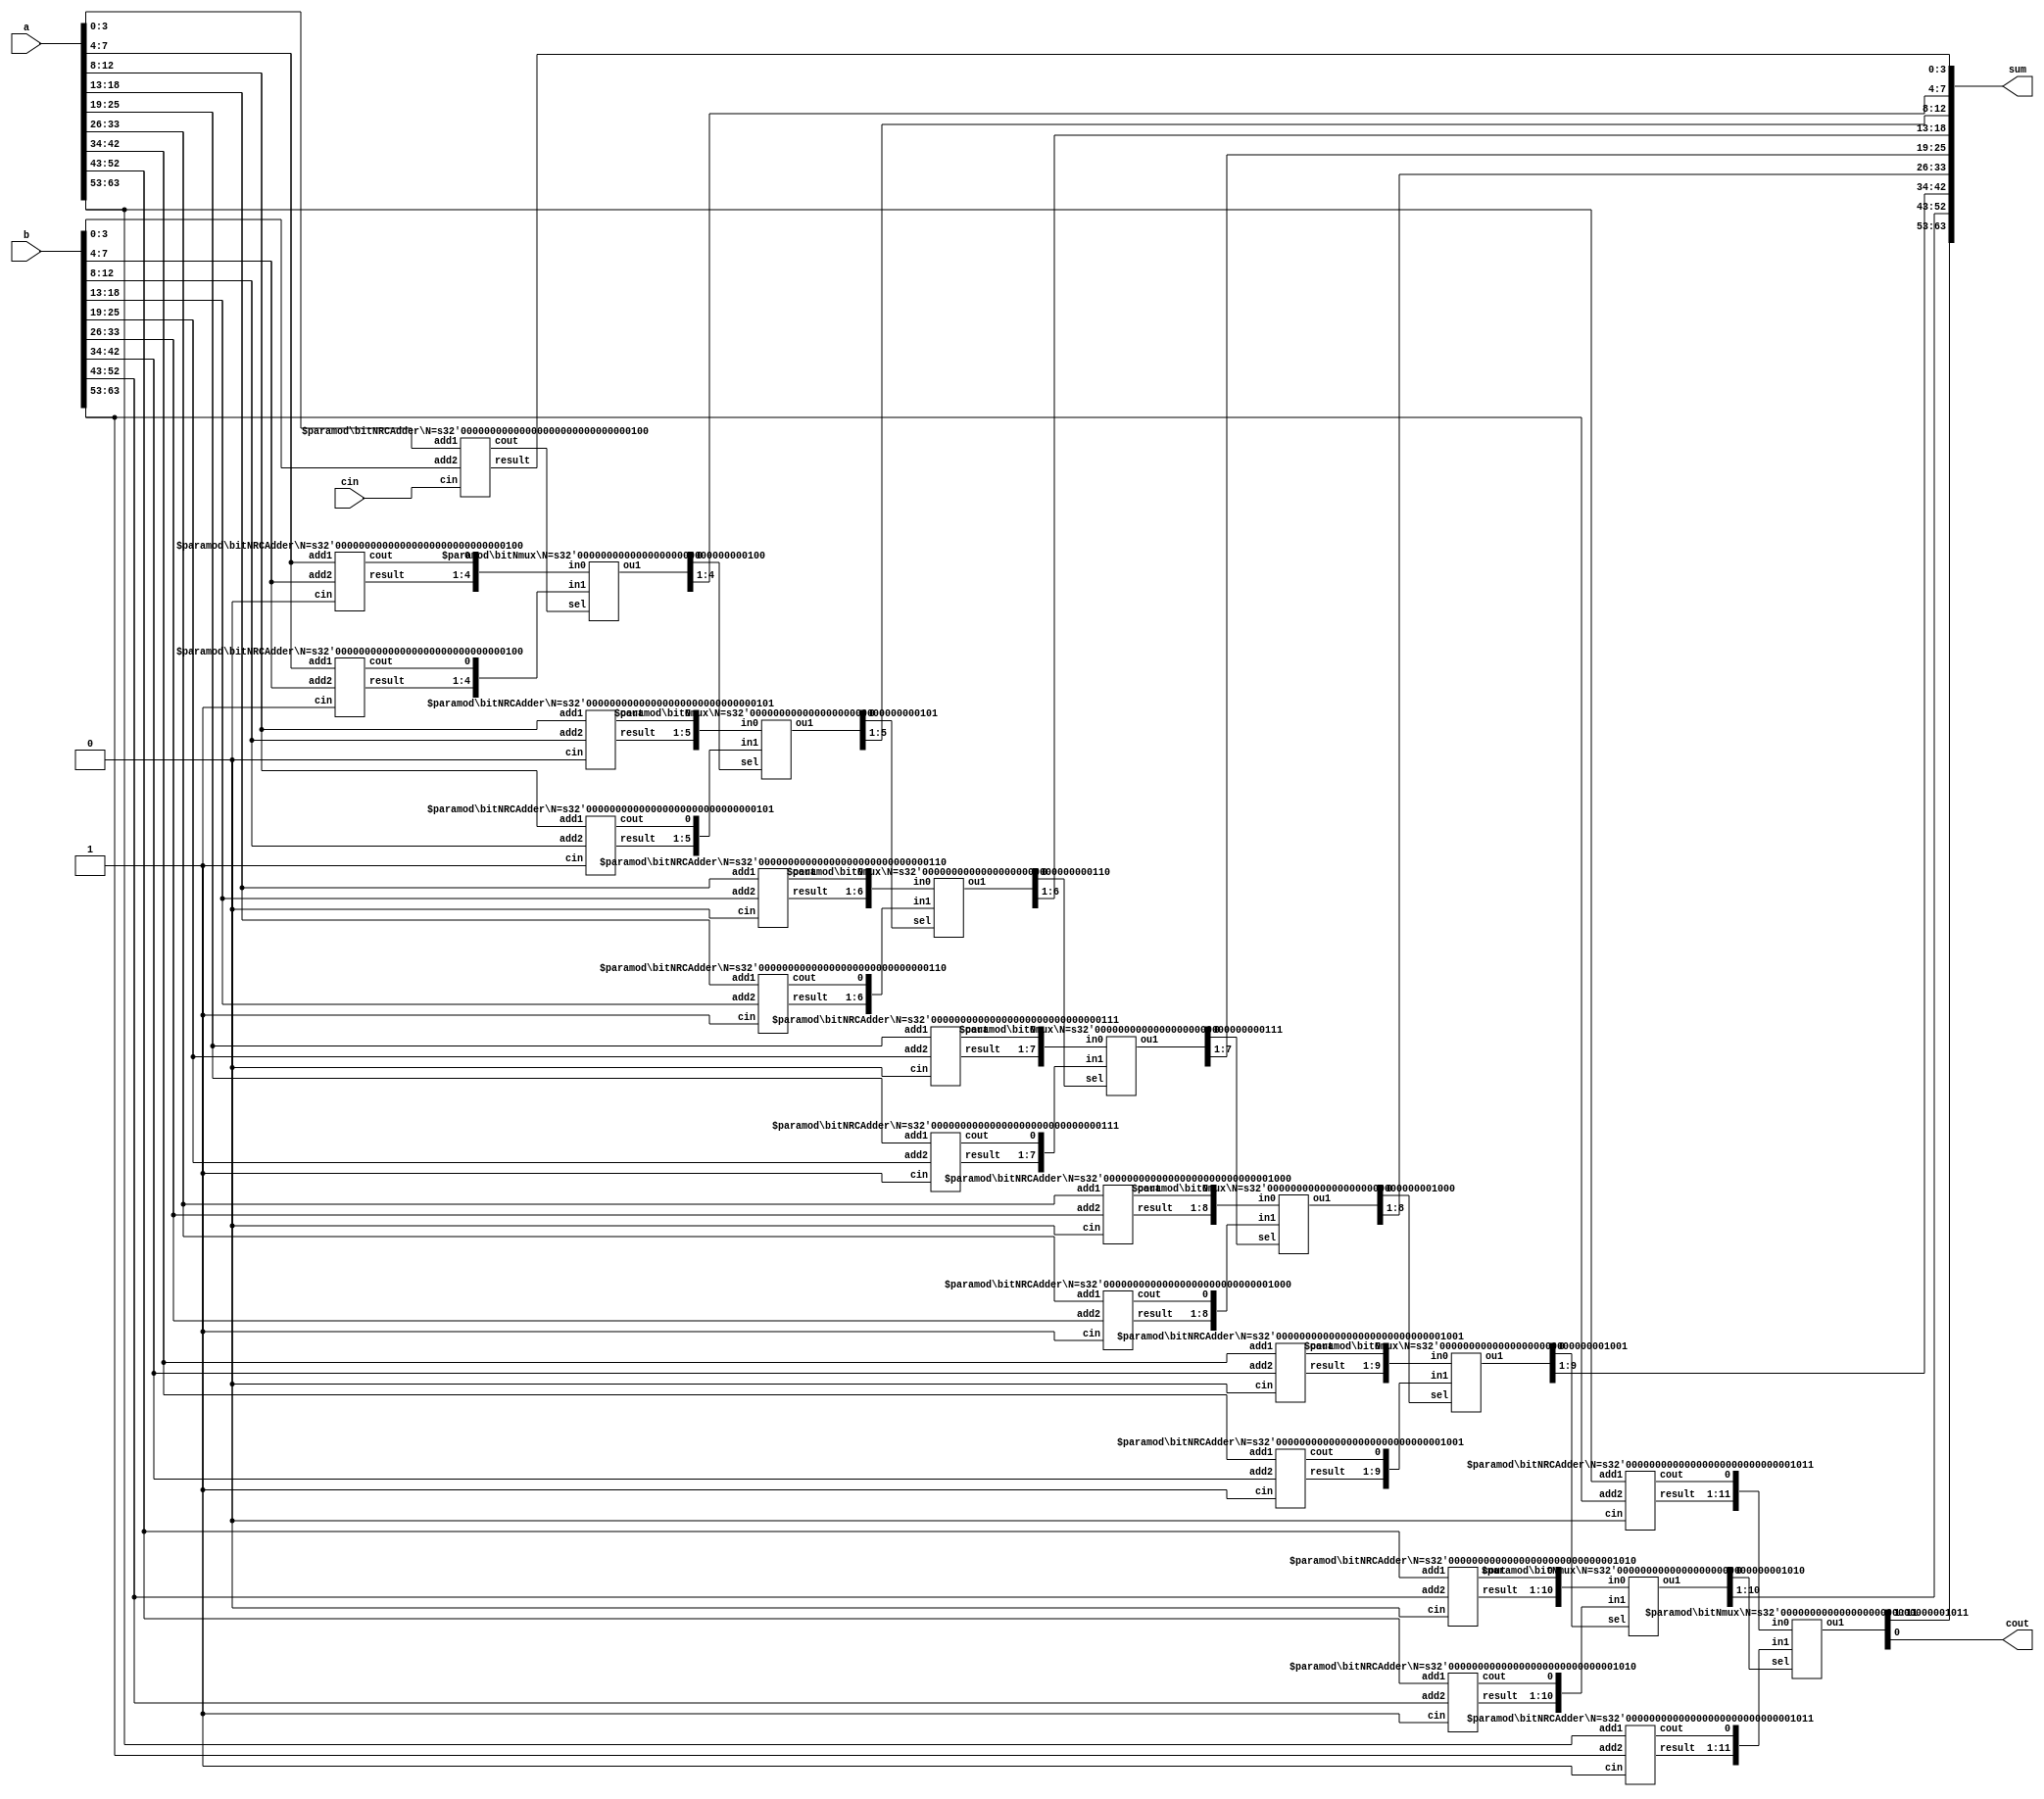
// =============================================================================
// -----------------------------------------------------------------------------
// This file implements a Square Root 64-bit Carry-Select (CSL) adder.
// =============================================================================


// ----------------------------------------------------
// Part I: 64-bit CSL adder
// ----------------------------------------------------
// TODO: please implement 64-bit CSL adder here, with 4bit 1st-stage.
module csla_64bit (
	input wire	[63:0]	a,		// operator 1
	input wire	[63:0]	b, 		// operator 2
	input wire			cin, 	// carry in

	output wire	[63:0]	sum,	// sum
	output wire			cout	// carry out
);

	 //use "wire" to define internal signals
wire [8*2-1:0] mid_c;  //guessed carries out
wire [127:0] mid_sum;   // guessed sum
wire [8:0] selected_c; // selected carries out
wire [64-1:0] selected_sum; // selected sum


bitNRCAdder #(.N(4)) RCadder1_i1(.add1(a[3:0]),.add2(b[3:0]),.cin(cin),.result(mid_sum[3:0]),.cout(selected_c[0]));

bitNRCAdder #(.N(4)) RCadder1_i2(.add1(a[7:4]),.add2(b[7:4]),.cin(1'b0),.result(mid_sum[11:8]),.cout(mid_c[0]));
bitNRCAdder #(.N(4)) RCadder2_i2(.add1(a[7:4]),.add2(b[7:4]),.cin(1'b1),.result(mid_sum[15:12]),.cout(mid_c[1]));
bitNmux #(.N(4)) bit5mux_i2(.in0({mid_sum[11:8],mid_c[0]}),.in1({mid_sum[15:12],mid_c[1]}),.sel(selected_c[0]),.ou1({selected_sum[7:4],selected_c[1]}));

bitNRCAdder #(.N(5)) RCadder1_i3(.add1(a[12:8]),.add2(b[12:8]),.cin(1'b0),.result(mid_sum[20:16]),.cout(mid_c[2]));
bitNRCAdder #(.N(5)) RCadder2_i3(.add1(a[12:8]),.add2(b[12:8]),.cin(1'b1),.result(mid_sum[25:21]),.cout(mid_c[3]));
bitNmux #(.N(5)) bit5mux_i3(.in0({mid_sum[20:16],mid_c[2]}),.in1({mid_sum[25:21],mid_c[3]}),.sel(selected_c[1]),.ou1({selected_sum[12:8],selected_c[2]}));

bitNRCAdder #(.N(6)) RCadder1_i4(.add1(a[18:13]),.add2(b[18:13]),.cin(1'b0),.result(mid_sum[31:26]),.cout(mid_c[4]));
bitNRCAdder #(.N(6)) RCadder2_i4(.add1(a[18:13]),.add2(b[18:13]),.cin(1'b1),.result(mid_sum[37:32]),.cout(mid_c[5]));
bitNmux #(.N(6)) bit5mux_i4(.in0({mid_sum[31:26],mid_c[4]}),.in1({mid_sum[37:32],mid_c[5]}),.sel(selected_c[2]),.ou1({selected_sum[18:13],selected_c[3]}));

bitNRCAdder #(.N(7)) RCadder1_i5(.add1(a[25:19]),.add2(b[25:19]),.cin(1'b0),.result(mid_sum[44:38]),.cout(mid_c[6]));
bitNRCAdder #(.N(7)) RCadder2_i5(.add1(a[25:19]),.add2(b[25:19]),.cin(1'b1),.result(mid_sum[51:45]),.cout(mid_c[7]));
bitNmux #(.N(7)) bit5mux_i5(.in0({mid_sum[44:38],mid_c[6]}),.in1({mid_sum[51:45],mid_c[7]}),.sel(selected_c[3]),.ou1({selected_sum[25:19],selected_c[4]}));

bitNRCAdder #(.N(8)) RCadder1_i6(.add1(a[33:26]),.add2(b[33:26]),.cin(1'b0),.result(mid_sum[59:52]),.cout(mid_c[8]));
bitNRCAdder #(.N(8)) RCadder2_i6(.add1(a[33:26]),.add2(b[33:26]),.cin(1'b1),.result(mid_sum[67:60]),.cout(mid_c[9]));
bitNmux #(.N(8)) bit5mux_i6(.in0({mid_sum[59:52],mid_c[8]}),.in1({mid_sum[67:60],mid_c[9]}),.sel(selected_c[4]),.ou1({selected_sum[33:26],selected_c[5]}));

bitNRCAdder #(.N(9)) RCadder1_i7(.add1(a[42:34]),.add2(b[42:34]),.cin(1'b0),.result(mid_sum[76:68]),.cout(mid_c[10]));
bitNRCAdder #(.N(9)) RCadder2_i7(.add1(a[42:34]),.add2(b[42:34]),.cin(1'b1),.result(mid_sum[85:77]),.cout(mid_c[11]));
bitNmux #(.N(9)) bit5mux_i7(.in0({mid_sum[76:68],mid_c[10]}),.in1({mid_sum[85:77],mid_c[11]}),.sel(selected_c[5]),.ou1({selected_sum[42:34],selected_c[6]}));

bitNRCAdder #(.N(10)) RCadder1_i8(.add1(a[52:43]),.add2(b[52:43]),.cin(1'b0),.result(mid_sum[95:86]),.cout(mid_c[12]));
bitNRCAdder #(.N(10)) RCadder2_i8(.add1(a[52:43]),.add2(b[52:43]),.cin(1'b1),.result(mid_sum[105:96]),.cout(mid_c[13]));
bitNmux #(.N(10)) bit5mux_i8(.in0({mid_sum[95:86],mid_c[12]}),.in1({mid_sum[105:96],mid_c[13]}),.sel(selected_c[6]),.ou1({selected_sum[52:43],selected_c[7]}));

bitNRCAdder #(.N(11)) RCadder1_i9(.add1(a[63:53]),.add2(b[63:53]),.cin(1'b0),.result(mid_sum[116:106]),.cout(mid_c[14]));
bitNRCAdder #(.N(11)) RCadder2_i9(.add1(a[63:53]),.add2(b[63:53]),.cin(1'b1),.result(mid_sum[127:117]),.cout(mid_c[15]));
bitNmux #(.N(11)) bit5mux_i9(.in0({mid_sum[116:106],mid_c[14]}),.in1({mid_sum[127:117],mid_c[15]}),.sel(selected_c[7]),.ou1({selected_sum[63:53],selected_c[8]}));



assign cout = selected_c[8];
assign sum = {selected_sum[63:4],mid_sum[3:0]};

endmodule



// ----------------------------------------------------


// ----------------------------------------------------
// Part II: 16-bit Square Root CSL adder
// ----------------------------------------------------
module csla_16bit (
	input wire	[15:0]	a,		// operator 1
	input wire	[15:0]	b, 		// operator 2
	input wire			cin, 	// carry in

	output wire	[15:0]	sum,	// sum
	output wire			cout	// carry out
);

	 //use "wire" to define internal signals
wire [4*2-1:0] mid_c;  //guessed carries out
wire [31:0] mid_sum;   // guessed sum
wire [4:0] selected_c; // selected carries out
wire [16-1:0] selected_sum; // selected sum


bitNRCAdder #(.N(2)) RCadder1_i1(.add1(a[1:0]),.add2(b[1:0]),.cin(cin),.result(mid_sum[1:0]),.cout(selected_c[0]));

bitNRCAdder #(.N(2)) RCadder1_i2(.add1(a[3:2]),.add2(b[3:2]),.cin(1'b0),.result(mid_sum[5:4]),.cout(mid_c[0]));
bitNRCAdder #(.N(2)) RCadder2_i2(.add1(a[3:2]),.add2(b[3:2]),.cin(1'b1),.result(mid_sum[7:6]),.cout(mid_c[1]));
bitNmux #(.N(2)) bit5mux_i2(.in0({mid_sum[5:4],mid_c[0]}),.in1({mid_sum[7:6],mid_c[1]}),.sel(selected_c[0]),.ou1({selected_sum[3:2],selected_c[1]}));

bitNRCAdder #(.N(3)) RCadder1_i3(.add1(a[6:4]),.add2(b[6:4]),.cin(1'b0),.result(mid_sum[10:8]),.cout(mid_c[2]));
bitNRCAdder #(.N(3)) RCadder2_i3(.add1(a[6:4]),.add2(b[6:4]),.cin(1'b1),.result(mid_sum[13:11]),.cout(mid_c[3]));
bitNmux #(.N(3)) bit5mux_i3(.in0({mid_sum[10:8],mid_c[2]}),.in1({mid_sum[13:11],mid_c[3]}),.sel(selected_c[1]),.ou1({selected_sum[6:4],selected_c[2]}));

bitNRCAdder #(.N(4)) RCadder1_i4(.add1(a[10:7]),.add2(b[10:7]),.cin(1'b0),.result(mid_sum[17:14]),.cout(mid_c[4]));
bitNRCAdder #(.N(4)) RCadder2_i4(.add1(a[10:7]),.add2(b[10:7]),.cin(1'b1),.result(mid_sum[21:18]),.cout(mid_c[5]));
bitNmux #(.N(4)) bit5mux_i4(.in0({mid_sum[17:14],mid_c[4]}),.in1({mid_sum[21:18],mid_c[5]}),.sel(selected_c[2]),.ou1({selected_sum[10:7],selected_c[3]}));

bitNRCAdder #(.N(5)) RCadder1_i5(.add1(a[15:11]),.add2(b[15:11]),.cin(1'b0),.result(mid_sum[26:22]),.cout(mid_c[6]));
bitNRCAdder #(.N(5)) RCadder2_i5(.add1(a[15:11]),.add2(b[15:11]),.cin(1'b1),.result(mid_sum[31:27]),.cout(mid_c[7]));
bitNmux #(.N(5)) bit5mux_i5(.in0({mid_sum[26:22],mid_c[6]}),.in1({mid_sum[31:27],mid_c[7]}),.sel(selected_c[3]),.ou1({selected_sum[15:11],selected_c[4]}));

assign cout = selected_c[4];
assign sum = {selected_sum[15:2],mid_sum[1:0]};

endmodule

// ----------------------------------------------------
// Part III: N-bit Ripple Carry Adder by generator
// ----------------------------------------------------
module bitNRCAdder#(parameter N = 4) (

  input wire  [N-1:0]         add1,     //adder1
  input wire  [N-1:0]         add2,      //adder2
  input wire cin,                       //carry input

  output wire  [N-1:0]         result,     //sum
  output wire              cout     //carry output
);

wire [N-1:0] p,g; //internal variables
wire [N:0] c_mid; //carry

assign p = add1^add2;
assign g = add1&add2;

generate
	genvar i;
	for(i=0;i<N;i=i+1) begin: block
	bit1adder bit1adder_module(.g(g[i]),.p(p[i]),.cin(c_mid[i]),.sum(result[i]),.count(c_mid[i+1]));
	end
endgenerate
assign c_mid[0] = cin;
assign cout = c_mid[N];

endmodule
// ----------------------------------------------------
// Part IV: N-bit multiplexer
// ----------------------------------------------------
module bitNmux#(parameter N = 5) (
input wire [N:0] in1,in0, // 2-way inputs
input wire sel,             // select

output reg [N:0] ou1      //outputs
    );
always@(*) begin
case (sel)
	1'b0:ou1 = in0;
	1'b1:ou1 = in1;
endcase
end

endmodule
// ----------------------------------------------------
// Part V: 1-bit Full Adder
// ----------------------------------------------------
module bit1adder(
input wire g,  // generate
input wire p,  // propagate
input wire cin,  // carry in

output wire sum, // sum
output wire count // carry out
    );

assign sum = p^cin;
assign count = g|(cin&p);

endmodule